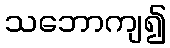
သဘောကျ၍